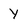
Character: Y